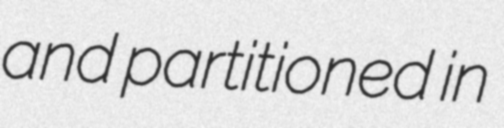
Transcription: and partitioned in